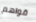
قواهم